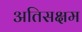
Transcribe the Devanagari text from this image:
अतिसक्षम